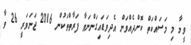
ވީމާ މި މަސައްކަތް ކޮށްދެއްވަން އެދިވަޑައިގަންނަވާ ފަރާތްތަކުން 2016 ޖަނަވަރީ 26 ވާ